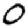
Digit: 0